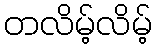
တလိမ့်လိမ့်